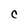
Character: C